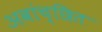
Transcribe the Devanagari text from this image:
अवांच्छित